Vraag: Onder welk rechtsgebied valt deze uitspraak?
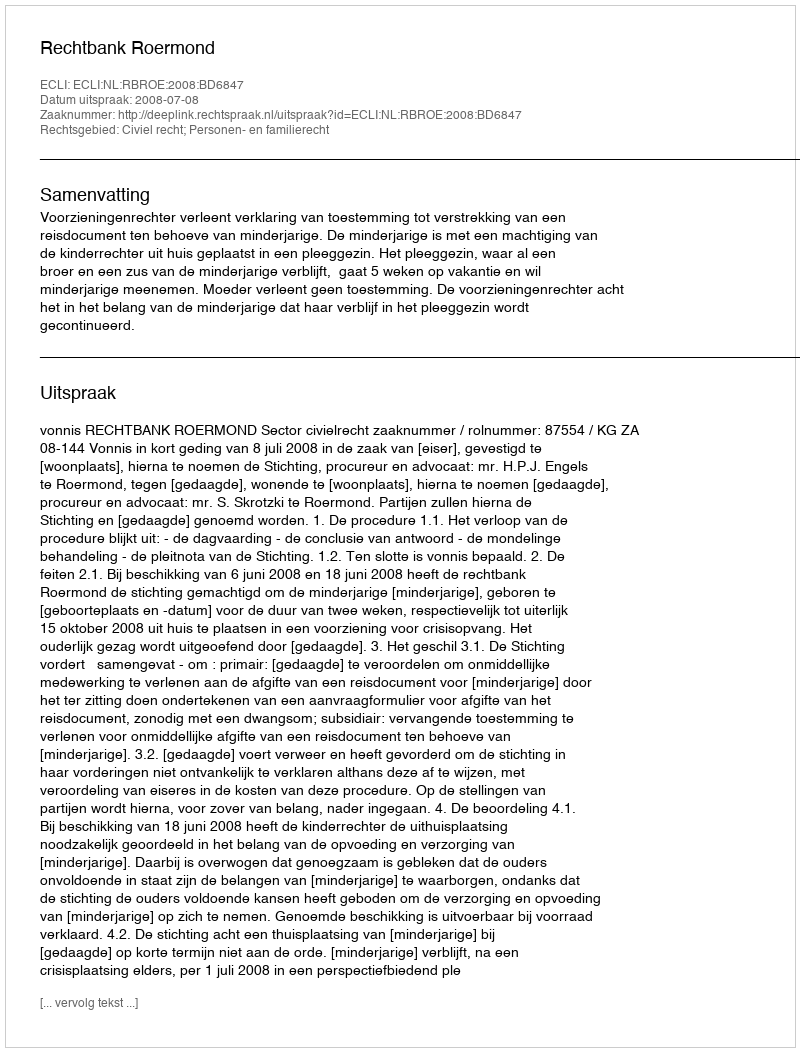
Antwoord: Civiel recht; Personen- en familierecht